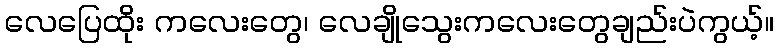
လေပြေထိုး ကလေးတွေ၊ လေချိုသွေးကလေးတွေချည်းပဲကွယ့်။